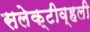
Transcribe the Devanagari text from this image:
सलेक्टीव्हली